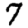
Digit: 7